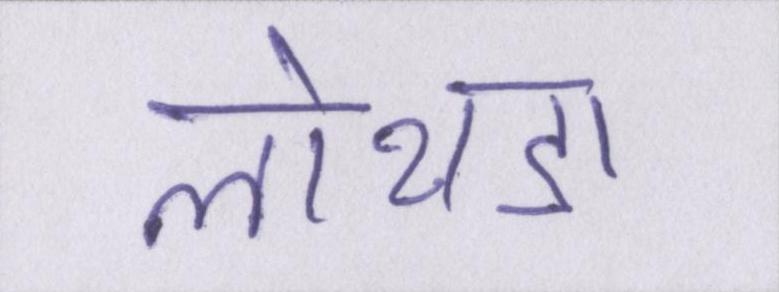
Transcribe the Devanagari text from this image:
लोथडा